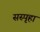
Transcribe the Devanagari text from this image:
सस्पृहा